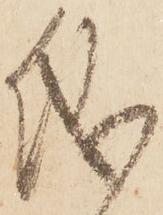
儀